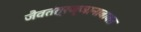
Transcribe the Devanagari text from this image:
जैवतंत्रज्ञानाबाबत